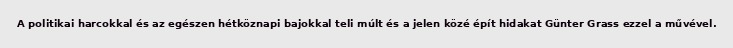
A politikai harcokkal és az egészen hétköznapi bajokkal teli múlt és a jelen közé épít hidakat Günter Grass ezzel a művével.